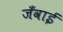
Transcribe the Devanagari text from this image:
जँवाई